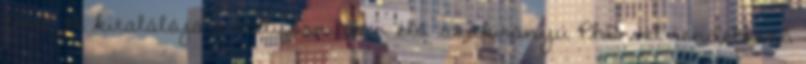
létre. A kitalálója a Kaliforniában élő szakirányú PhD-vel rendelkező